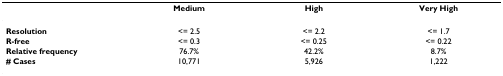
<table><thead><tr><td></td><td><b>Medium</b></td><td><b>High</b></td><td><b>Very High</b></td></tr></thead><tbody><tr><td><b>Resolution</b></td><td>&lt;= 2.5</td><td>&lt;= 2.2</td><td>&lt;= 1.7</td></tr><tr><td><b>R-free</b></td><td>&lt;= 0.3</td><td>&lt;= 0.25</td><td>&lt;= 0.22</td></tr><tr><td><b>Relative frequency</b></td><td>76.7%</td><td>42.2%</td><td>8.7%</td></tr><tr><td><b># Cases</b></td><td>10,771</td><td>5,926</td><td>1,222</td></tr></tbody></table>